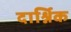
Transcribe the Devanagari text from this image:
दार्श्निक